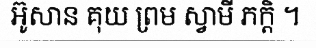
អ៊ូសាន គុយ ព្រម ស្វាមី ភក្តិ ។